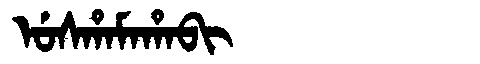
Manchu: ᡠᠰᡥᠠᠮᠠᡥᠠᠪᡳ
Romanization: USHAMAHABI